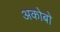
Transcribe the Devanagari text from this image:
अकोबो